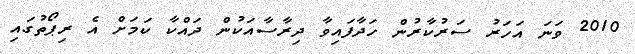
2010 ވަނަ އަހަރު ސަރުކާރުން ހަދާފައިވާ ދިރާސާއަކުން ދައްކާ ކަމަށް އެ ރިޕޯތުގައި